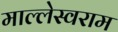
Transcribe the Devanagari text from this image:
माल्लेस्वराम